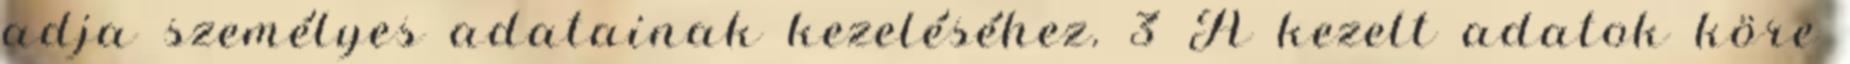
adja személyes adatainak kezeléséhez. 3 A kezelt adatok köre